Vital statistics of India. Vol. IV, Annual returns from 1871 to 1876. British Army of India, Native Army and jails of Bengal
Year: 1871
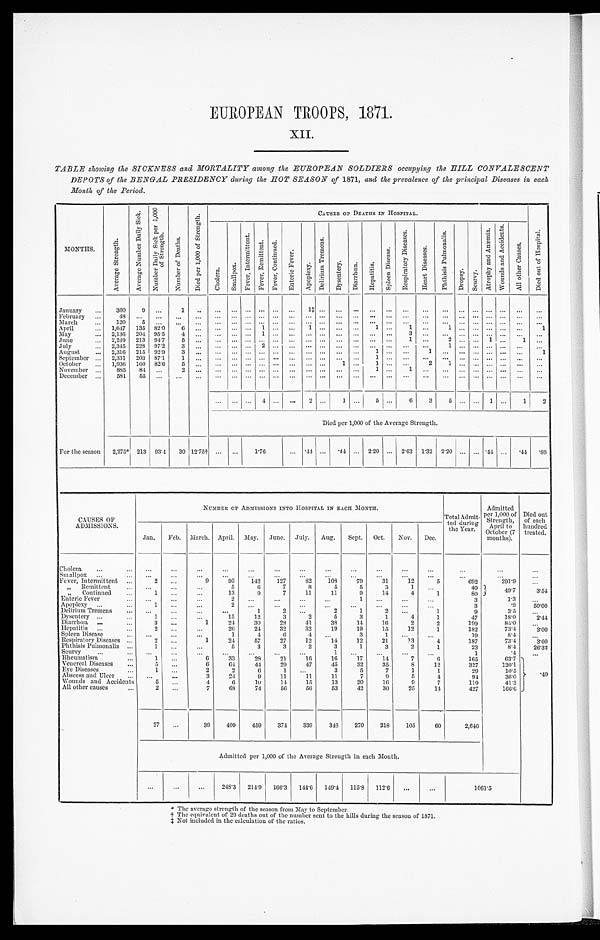
EUROPEAN TROOPS, 1871.
XII.
TABLE showing the SICKNESS and MORTALITY among the EUROPEAN SOLDIERS occupying the HILL CONVALESCENT
DEPOTS of the BENGAL PRESIDENCY during the HOT SEASON of 1871, and the prevalence of the principal Diseases in each
Month of the Period.
MONTHS.
A v e r a g e S t r e n g t h .
A v e r a g e N u m b e r D a i l y S i c k .
N u m b e r D a i l y S i c k p e r 1 , 0 0 0
o f S t r e n g t h .
N u m b e r o f D e a t h s .
D i e d p e r 1 , 0 0 0 o f S t r e n g t h .
C A U S E S O F D E A T H S I N H O S P I T A L .
D i e d o u t o f H o s p i t a l .
C h o l e r a .
S m a l l p o x .
F e v e r , I n t e r m i t t e n t .
F e v e r , R e m i t t e n t . F e v e r , C o n t i n u e d .
E n t e r i c F e v e r .
A p o p l e x y .
D e l i r i u m T r e m e n s .
D y s e n t e r y .
D i a r r h œ a .
H e p a t i t i s .
S p l e e n D i s e a s e .
R e s p i r a t o r y D i s e a s e s .
H e a r t D i s e a s e s .
P h t h i s i s P u l m o n a l i s .
D r o p s y . S c u r v y .
A t r o p h y a n d A n æ m i a .
W o u n d s a n d A c c i d e n t s .
A l l o t h e r C a u s e s .
January ... 360
9
. . . 1
. . .
. . .
. . .
... ... ... ...
1 ‡ . . . ...
. . . ... ... ... ... ...
. . . ... ... ... ...
. . .
February ...
48 ...
. . . . . .
. . .
. . .
. . .
...
. . . . . . . . .
. . . . . . ...
. . . . . . ... . . . ... ... ... ... ... ... ... ...
March
... 120 5
. . . . . .
. . . ... ... ... ... ... ...
. . . . . .
. . .
. . . . . . ... ...
. . . ...
. . . . . . . . . ... . . .
. . .
April ...
1,647 135 82.0
6
. . .
. . .
. . .
...
1 . . . . . .
1 . . .
...
. . . 1 ...
1 ...
1 ...
. . . ... ... ...
1
May
... 2,136 204 95.5
4
. . .
. . .
. . .
...
1 . . . . . . ... ... ... ... ... ...
3 ... ...
. . . . . . . . . ... ... ...
June ...
2,249 213 94.7
5
. . .
. . .
. . .
...
. . . . . . . . .
. . . . . . ... ... ... ...
1 ... 2
. . . . . . 1 ...
1 ...
July
... 2,345 228 97.2
3 . . .
. . .
. . . ... 2
. . . . . .
. . . . . . ...
. . . ... ...
. . . ... 1
. . . . . . . . .
...
. . . . . .
August
... 2,316 215 92.9
3 . . .
. . .
. . .
...
. . . . . . . . .
. . . . . . ... . . . 1 .....
. . . 1 ... ... ... ... ... ...
1
September ... 2,331 203 87.1
1 . . .
. . .
. . .
...
. . . . . . . . .
. . . . . . ...
. . . 1 ...
. . .
. . .
. . . . . . . . . . . .
...
. . .
. . .
October ... 1,936 160 82.6 5
. . .
. . .
. . .
...
. . . . . . ...
. . . ... 1
. . . 1 ...
. . .
2 1
... ... ... ... ... ...
November ... 885 84 ...
2
. . .
. . .
. . .
...
. . . . . . . . .
. . . . . . ...
. . . 1 ...
1 ... ...
. . . . . . . . . ...
. . .
. . .
December ...
581 55 ...
...
. . . ... ... ... ... ... ... ... ... ... ... ... ... ... ... ... ... ... ... ... ...
. . .
. . . ... 4 . . .
. . . 2 . . . 1 ... 5 ...
6
3 5
. . . . . . 1 ...
1
2
Died per 1,000 of the Average Strength.
For the season 2,275* 213 93.4 30 12.75† ... ...
1.76 . . .
.44 ...
. 44 . . . 2.20 ... 2.63 1.32 2.20 ... ... .44 ... .44
. 8 8
C A U S E S O F
ADMISSIONS.
NUMBER OF ADMISSIONS INTO HOSPITAL IN EACH MONTH.
Total Admit-
ted during
the Year.
Admitted
per 1,000 of
Strength,
April to
October (7
months).
Died out
of each
hundred
treated.
Jan. Feb. March. April. May. June. July. Aug. Sept. Oct. Nov. Dec.
Cholera ...
...
. . .
...
...
...
...
...
...
...
...
...
...
...
...
...
. . .
Smallpox ...
. . .
. . .
...
...
...
...
...
...
...
...
...
...
...
...
. . .
Fever, Intermittent ...
2
. . .
9
95
142
127
82
108
79
31
12
5
692
291.9
. . .
, , R e m i t t e n t
. . . ...
...
...
5
6
7
8
5
5
3
1
. . .
40 49. 7
3.54
,, Continued ...
1 ...
...
13
9
7
11
11
9
14
4
1
80
E n t e r i c F e v e r . . .
. . . . . .
. . .
2
. . .
. . .
...
1 ...
...
...
3
1.3 ...
Apoplexy ...
...
1 ...
...
2
. . . ...
...
...
...
...
...
. . .
3
. 9 50.00
Delirium Tremens ... ...
...
...
...
1
2
. . .
2
1
2
. . .
1
9
3.5 ...
Dysentery ...
...
1
. . .
...
15
12
3
2
5
3
1
4
1
47
1 8 . 0
2.44
Diarrhœa . . . . . .
3 ...
1
24
30
28
41
38
14
16
2
2
199
8 4 . 0 ...
Hepatitis ...
...
2
. . . ...
26
24
32
32
19
19
15
12
1
182
7 3 . 4
3.00
Spleen Disease
... ...
. . . ...
1
4
6
4
. . .
3
1
. . . ...
19
8 . 4 ...
Respiratory Diseases ...
2 ...
1
24
57
27
12
14
12
21
13
4
187
73.4
3.60
Phthisis Pulmonalis ...
1 ...
...
5
3
3
2
3
1
3
2
1
23
8.4 26.32
Scurvy
...
...
. . .
. . .
. . . ...
. . . ...
. . .
1 ...
...
...
. . .
1
.4
...
Rheumatism
...
1 ...
6
33
28
21
16
16
17
14
7
6
165
63.7 . 4 9
Venereal Diseases ...
5 ...
6
64
44
29
47
45
32
35
8
12
327
130.1
Eye Diseases
...
1 ...
2
2
6
1 ...
3
5
7
1
1
29
10.5
Abscess and Ulcer ... ...
...
3
24
9
11
11
11
7
9
5
4
94
36.0
Wounds and Accidents
5 ...
4
6
10
14
15
13
20
16
9
7
119
41.3
All other causes
...
2
. . .
7
6 8
74
56
56
53
42
30
25
14
427
166.6
27 ...
39
409
459
374
339
346
270
218 105
60
2,646
Admitted per 1,000 of the Average Strength in each Month.
...
. . . ...
248.3 214 9 166.3 144.6 149.4 115.8 112.6 ...
...
1061.5
* T h e a v e r a g e s t r e n g t h o f t h e s e a s o n f r o m M a y t o S e p t e m b e r .
† T h e e q u i v a l e n t o f 2 9 d e a t h s o u t o f t h e n u m b e r s e n t t o t h e h i l l s d u r i n g t h e s e a s o n o f 1 8 7 1 .
‡ N o t i n c l u d e d i n t h e c a l c u l a t i o n o f t h e r a t i o s .